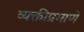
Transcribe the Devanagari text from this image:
व्यक्तीप्रमाणे